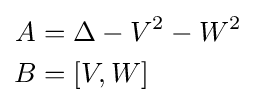
{\begin{aligned}A&=\Delta -V^{2}-W^{2}\\B&=[V,W]\end{aligned}}